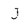
Character: J